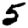
Digit: 5